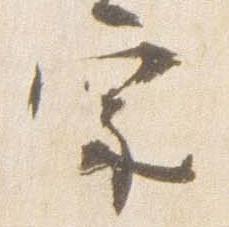
宗